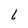
Character: L